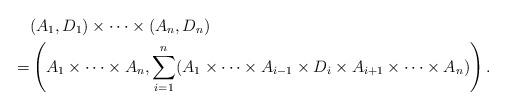
LaTeX: \begin{align*}&(A_1,D_1)\times \cdots \times (A_n,D_n) \\= &\left(A_1\times \cdots \times A_n, \sum_{i=1}^n(A_1\times \cdots \times A_{i-1}\times D_i\times A_{i+1}\times \cdots \times A_n)\right).\end{align*}